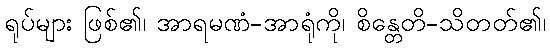
ရုပ်များ ဖြစ်၏၊ အာရမဏံ-အာရုံကို၊ စိန္တေတိ-သိတတ်၏၊